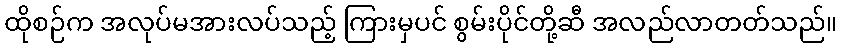
ထိုစဉ်က အလုပ်မအားလပ်သည့် ကြားမှပင် စွမ်းပိုင်တို့ဆီ အလည်လာတတ်သည်။